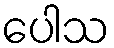
ပေါသ